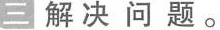
三解决问题。